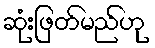
ဆုံးဖြတ်မည်ဟု